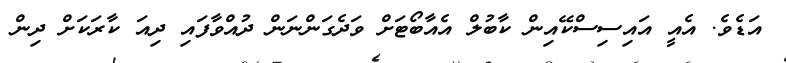
އަޑެވެ. އެއީ އައިސިސްކޭއިން ކާބުލް އެއާބޯޓަށް ވަދެގަންނަން ދުއްވާފައި ދިއަ ކާރަކަށް ދިން